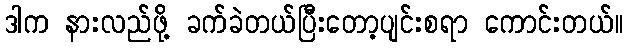
ဒါက နားလည်ဖို့ ခက်ခဲတယ်ပြီးတော့ပျင်းစရာ ကောင်းတယ်။